Report of the veterinary officer investigating camel disease
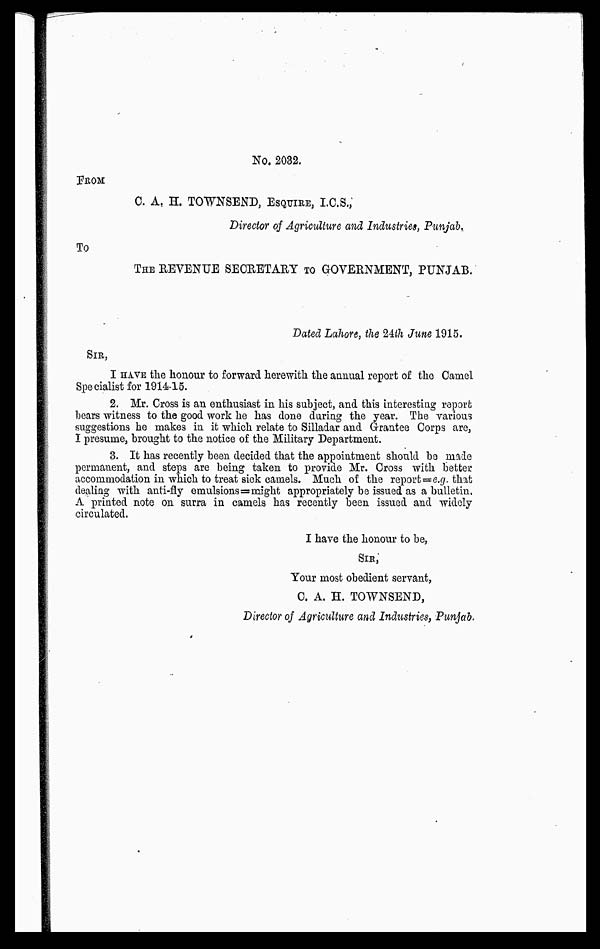
No. 2032.
FROM
C. A. H. TOWNSEND, ESQUIRE, I.C.S.,
Director of Agriculture and Industries, Punjab.
To
THE REVENUE SECRETARY TO GOVERNMENT, PUNJAB.
Dated Lahore, the 4th June 1915.
SIR,
I HAVE the honour to forward herewith the annual report of the Camel
Specialist for 1914-15.
2. Mr. Cross is an enthusiast in his subject, and this interesting report
bears witness to the good work he has done daring the year. The various
suggestions he makes in it which relate to Silladar and Grantee Corps are,
I presume, brought to the notice of the Military Department.
3. It has recently been decided that the appointment should bo made
permanent, and steps are being taken to provide Mr. Cross with better
accommodation in which to treat sick camels. Much of the report =e.g. that
dealing with anti-fly emulsions= might appropriately be issued as a bulletin.
A printed note on surra in camels has recently been issued and widely
circulated.
I have the honour to be,
SIR,
Your most obedient servant,
C. A. H. TOWNSEND,
Director oj Agriculture and Industries, Punjab.